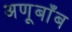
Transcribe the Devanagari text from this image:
अणूबाँब